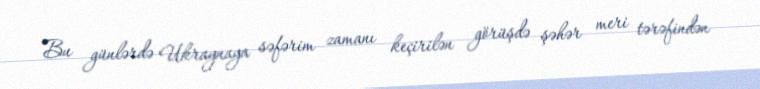
Bu günlərdə Ukraynaya səfərim zamanı keçirilən görüşdə şəhər meri tərəfindən